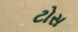
ટોસ